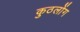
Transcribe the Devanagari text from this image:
कुठलोंग